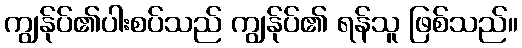
ကျွန်ုပ်၏ပါးစပ်သည် ကျွန်ုပ်၏ ရန်သူ ဖြစ်သည်။